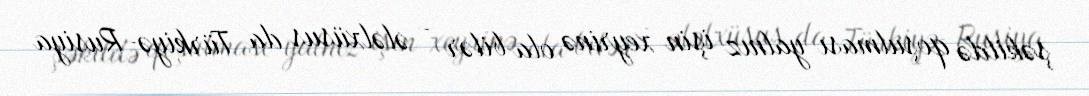
şəkildə qoşulması yalnız işin xeyrinə ola bilər - ələlxüsus da Türkiyə-Rusiya